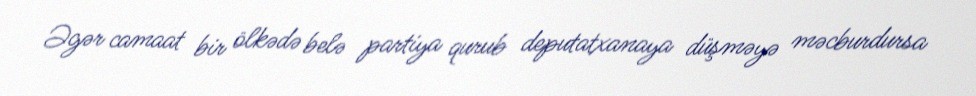
Əgər camaat bir ölkədə belə partiya qurub deputatxanaya düşməyə məcburdursa